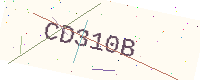
Text: CD310B